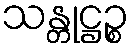
သန္တုဋ္ဌဉ္စ